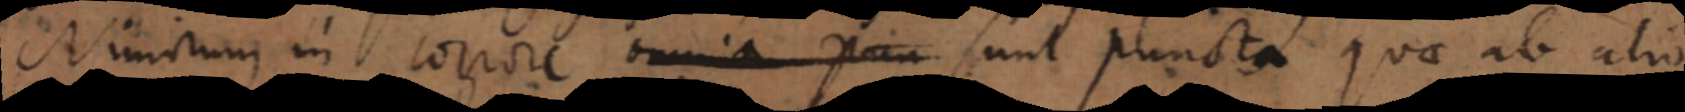
Nimirum in corpore omnia pun sunt puncta quae ab alio